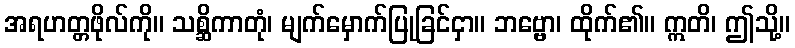
အရဟတ္တဖိုလ်ကို။ သစ္ဆိကာတုံ၊ မျက်မှောက်ပြုခြင်ငှာ။ ဘဗ္ဗော၊ ထိုက်၏။ ဣတိ၊ ဤသို့။